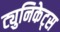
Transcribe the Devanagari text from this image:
ट्युनिकेट्स